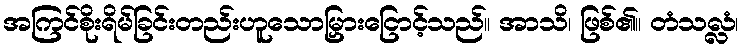
အကြင်စိုးရိမ်ခြင်းတည်းဟူသောမြှားငြောင့်သည်။ အာသိ၊ ဖြစ်၏။ တံသလ္လံ၊